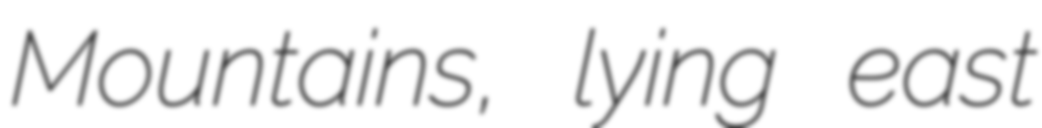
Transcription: Mountains, lying east